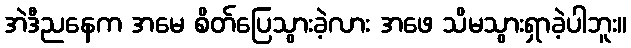
အဲဒီညနေက အမေ စိတ်ပြေသွားခဲ့လား အဖေ သိမသွားရှာခဲ့ပါဘူး။